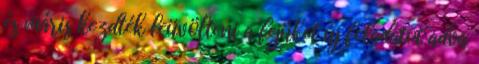
és máris kezdték leüvölteni a fejüket új feladatot adva